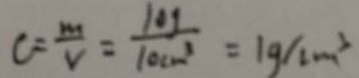
C = \frac { m } { v } = \frac { 1 0 g } { 1 0 c m ^ { 3 } } = 1 g / c m ^ { 3 }